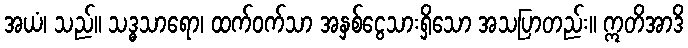
အယံ၊ သည်။ သဒ္ဓသာရော၊ ထက်ဝက်သာ အနှစ်ငွေသားရှိသော အသပြာတည်း။ ဣတိအာဒိ